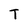
Character: T